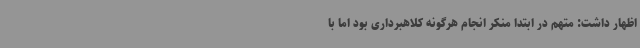
اظهار داشت: متهم در ابتدا منکر انجام هرگونه کلاهبرداری بود اما با